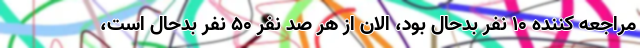
مراجعه کننده ۱۰ نفر بدحال بود، الان از هر صد نفر ۵۰ نفر بدحال است،